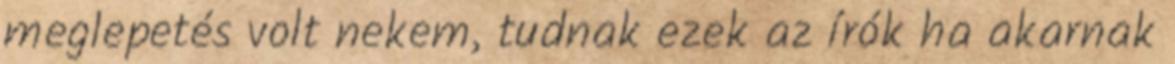
meglepetés volt nekem, tudnak ezek az írók ha akarnak